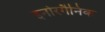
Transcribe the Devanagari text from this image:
इनोरगैनिक